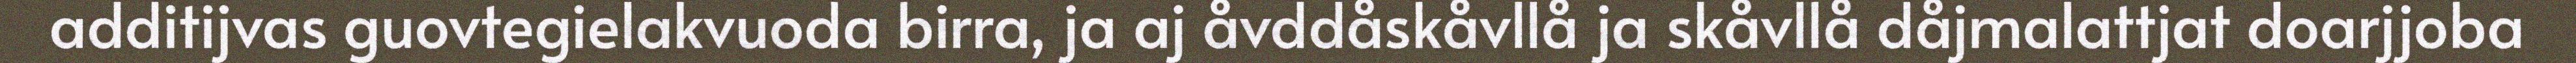
additijvas guovtegielakvuoda birra, ja aj åvddåskåvllå ja skåvllå dåjmalattjat doarjjoba